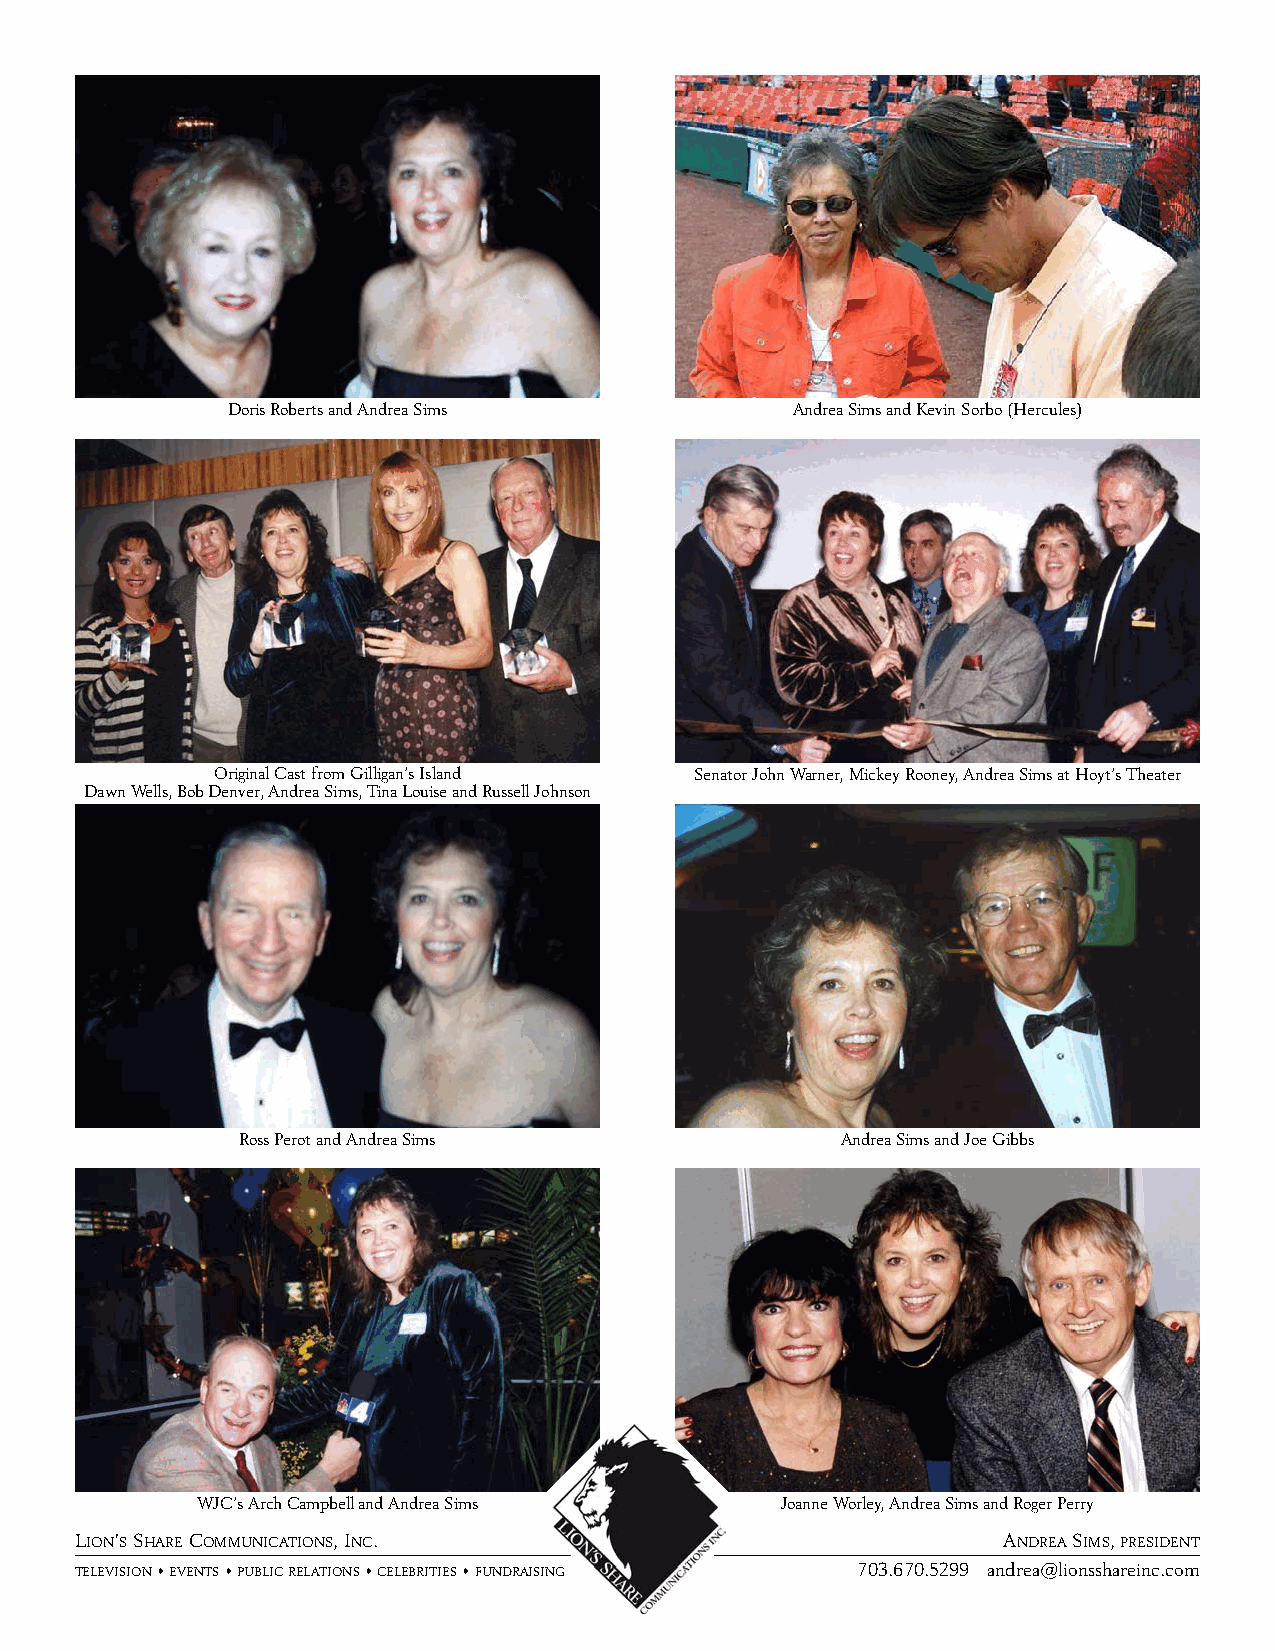
Doris Roberts and Andrea Sims         Andrea Sims and Kevin Sorbo (Hercules)
 Original Cast from Gilligan’s Island Senator John Warner, Mickey Rooney, Andrea Sims at Hoyt’s Theater
 Dawn Wells, Bob Denver, Andrea Sims, Tina Louise and Russell Johnson
 Ross Perot and Andrea Sims              Andrea Sims and Joe Gibbs
 WJC’s Arch Campbell and Andrea Sims    Joanne Worley, Andrea Sims and Roger Perry
 LION’SSHARECOMMUNICATIONS, INC.                              ANDREASIMS, PRESIDENT
 TELEVISIONsEVENTSsPUBLICRELATIONSsCELEBRITIESsFUNDRAISING 703.670.5299 andrea@lionsshareinc.com